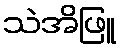
သဲအိဖြူ